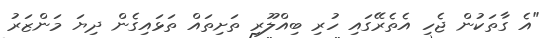
"އެ ގާތަކުން ޖެހި އެތެރޭގައި ހުރި ބިއްލޫރި ތަށިތައް ތަޅައިގެން ދިޔަ މަންޒަރު